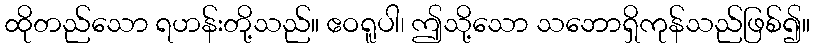
ထိုတည်သော ရဟန်းတို့သည်။ ဧဝရူပါ၊ ဤသို့သော သဘောရှိကုန်သည်ဖြစ်၍။